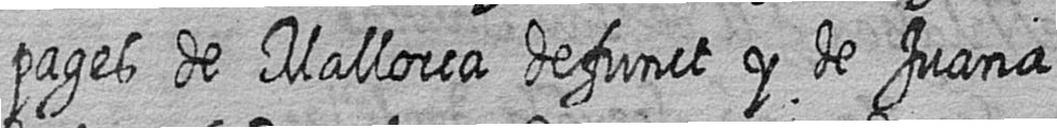
pages de Mallorca defunct y de Juana